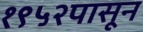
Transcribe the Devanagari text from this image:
१९५२पासून